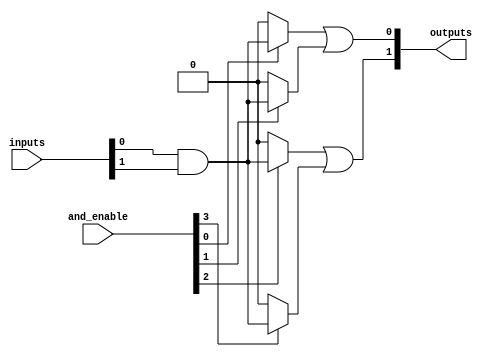
module hs_pal #(
    parameter NUM_INPUTS = 8,  // Number of inputs
    parameter NUM_AND_GATES = 4, // Number of AND gates
    parameter NUM_OR_GATES = 2   // Number of OR gates
)(
    input wire [NUM_INPUTS-1:0] inputs, // Input signals
    input wire [NUM_AND_GATES-1:0] and_enable, // Enable signals for AND gates
    output wire [NUM_OR_GATES-1:0] outputs // Output signals
);

// Internal wires for AND gate outputs
wire [NUM_AND_GATES-1:0] and_outputs;

// Programmable AND Array
genvar i;
generate
    for (i = 0; i < NUM_AND_GATES; i = i + 1) begin : and_array
        // Each AND gate can be programmed to accept any combination of inputs
        // Here we use a simple example where each AND gate can take a subset of inputs
        assign and_outputs[i] = and_enable[i] ? (inputs[0] & inputs[1]) : 1'b0; // Example logic
    end
endgenerate

// Fixed OR Array
assign outputs[0] = and_outputs[0] | and_outputs[1]; // OR gate 1
assign outputs[1] = and_outputs[2] | and_outputs[3]; // OR gate 2

endmodule